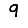
Digit: 9